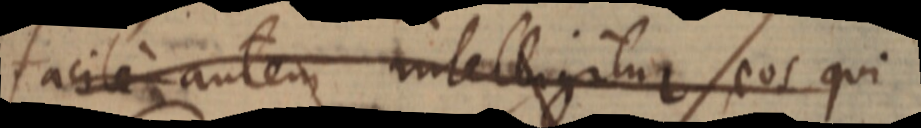
facile autem intelligitur eos qui